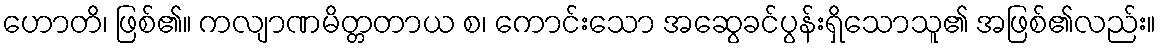
ဟောတိ၊ ဖြစ်၏။ ကလျာဏမိတ္တတာယ စ၊ ကောင်းသော အဆွေခင်ပွန်းရှိသောသူ၏ အဖြစ်၏လည်း။